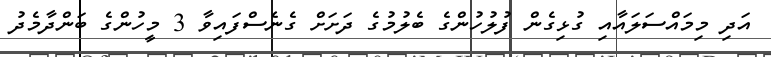
އަދި މިމައްސަލައާއި ގުޅިގެން ފުލުހުންގެ ބެލުމުގެ ދަށަށް ގެނެސްފައިވާ 3 މީހުންގެ ބަންދާމެދު